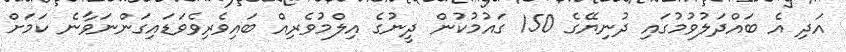
އަދި އެ ބައްދަލުވުމުގައި ދުނިޔޭގެ 150 ގައުމުކުން ދީނުގެ އިލްމުވެރިއް ބައިވެރިވެވަޑައިގަންނަވާނެ ކަމަށް